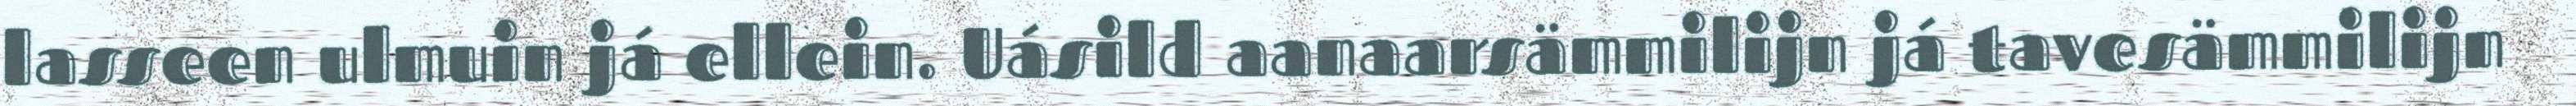
lasseen ulmuin já ellein. Uásild aanaarsämmilijn já tavesämmilijn